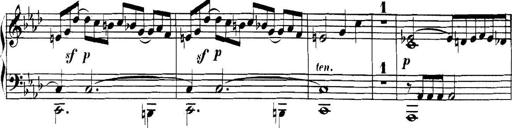
Title: Collected Piano Sonatas
Composer: Muzio Clementi